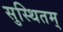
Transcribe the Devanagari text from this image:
सुस्थितम्